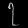
Digit: ၇